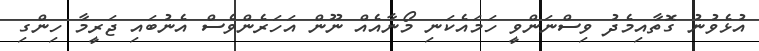
އުޅެވުނު ގޮތާއިމެދު ވިސްނަންވީ ހަމައެކަނި މޯނާއެއް ނޫން އަހަރެންވެސް އެނުބައި ޖަރީމާ ހިންގި